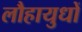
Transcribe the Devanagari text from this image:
लौहायुधों